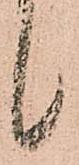
候